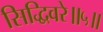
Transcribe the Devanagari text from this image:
सिद्धिवरे॥५॥